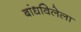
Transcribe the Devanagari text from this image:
बांधविलेला